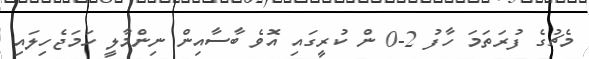
މެޗުގެ ފުރަތަމަ ހާފު 2-0 ން ކުރީގައި އޮވެ ބާސާއިން ނިންމާލީ ހަމަޖެހިލައި